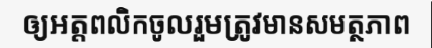
ឲ្យអត្តពលិកចូលរួមត្រូវមានសមត្ថភាព